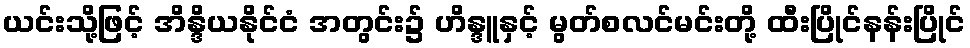
ယင်းသို့ဖြင့် အိန္ဒိယနိုင်ငံ အတွင်း၌ ဟိန္ဒူနှင့် မွတ်စလင်မင်းတို့ ထီးပြိုင်နန်းပြိုင်